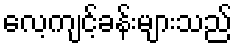
လေ့ကျင့်ခန်းများသည်